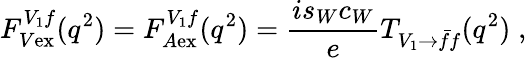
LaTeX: F_{V{\mathrm{ex}}}^{V_{1}f}(q^{2})=F_{A{\mathrm{ex}}}^{V_{1}f}(q^{2})=\frac{is_{W}c_{W}}{e}T_{V_{1}\rightarrow\bar{f}f}(q^{2})\; ,